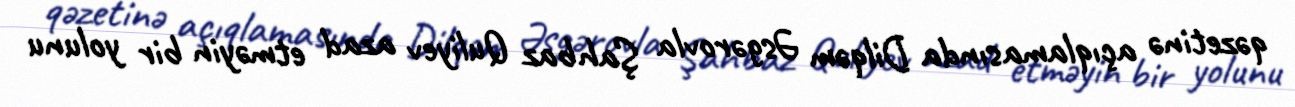
qəzetinə açıqlamasında Dilqəm Əsgərovla Şahbaz Quliyev azad etməyin bir yolunu